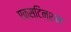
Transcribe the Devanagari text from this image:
एक्स्टिन्शन